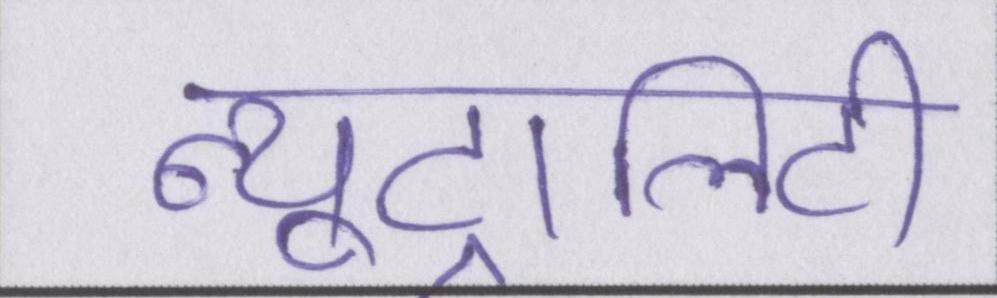
न्यूट्रालिटी